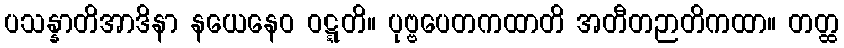
ပသန္နာတိအာဒိနာ နယေနေဝ ဝဋ္ဋတိ။ ပုဗ္ဗပေတကထာတိ အတီတဉာတိကထာ။ တတ္ထ